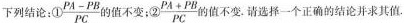
下列结论：①$$\frac { P A - P B } { P C }$$ 的值不变；②$$\frac { P A + P B } { P C }$$ 值不变。请选择一个正确的结论并求其值。